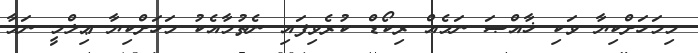
މިމަހަށްކިޔާ ވަކި ޚާއްޞަ ނަމެއް ރިކޯޑް ކުރެވިފައި ނެތުމާއެކު މަހަށްކިޔާ ޢިލްމީ ނަމާ